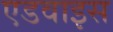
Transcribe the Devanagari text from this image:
एडवाइस